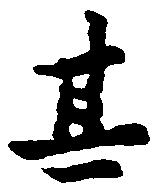
其